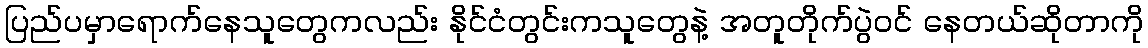
ပြည်ပမှာရောက်နေသူတွေကလည်း နိုင်ငံတွင်းကသူတွေနဲ့ အတူတိုက်ပွဲဝင် နေတယ်ဆိုတာကို